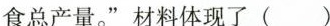
食总产量。”材料体现了（）